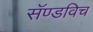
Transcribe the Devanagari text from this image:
सॅण्डविच